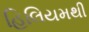
હિલિયમથી